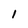
Character: 1